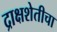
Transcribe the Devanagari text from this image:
द्राक्षशेतीचा